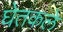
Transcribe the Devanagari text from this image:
घेतकले